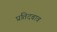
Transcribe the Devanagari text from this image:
प्रतिदबाव